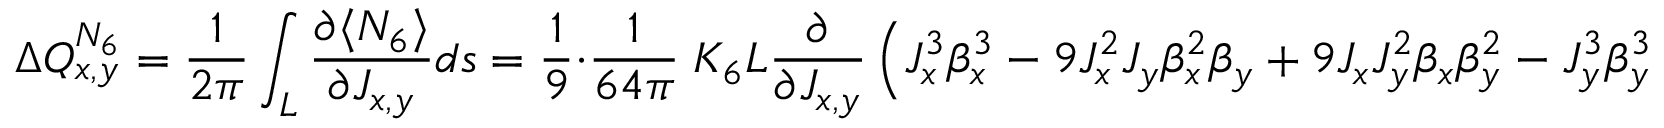
\Delta Q _ { x , y } ^ { N _ { 6 } } = \frac { 1 } { 2 \pi } \int _ { L } \frac { \partial \langle N _ { 6 } \rangle } { \partial J _ { x , y } } d s = \frac { 1 } { 9 } \cdot \frac { 1 } { 6 4 \pi } \; K _ { 6 } L \frac { \partial } { \partial J _ { x , y } } \left( J _ { x } ^ { 3 } \beta _ { x } ^ { 3 } - 9 J _ { x } ^ { 2 } J _ { y } \beta _ { x } ^ { 2 } \beta _ { y } + 9 J _ { x } J _ { y } ^ { 2 } \beta _ { x } \beta _ { y } ^ { 2 } - J _ { y } ^ { 3 } \beta _ { y } ^ { 3 } \right)